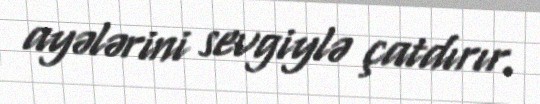
ayələrini sevgiylə çatdırır.